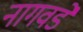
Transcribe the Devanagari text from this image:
नागवडे